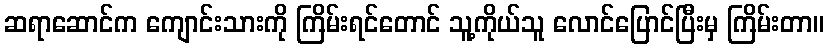
ဆရာဆောင်က ကျောင်းသားကို ကြိမ်းရင်တောင် သူ့ကိုယ်သူ လောင်ပြောင်ပြီးမှ ကြိမ်းတာ။